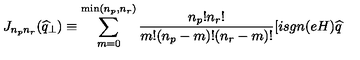
J _ { n _ { p } n _ { r } } ( \widehat { q } _ { \perp } ) \equiv \sum _ { m = 0 } ^ { \min ( n _ { p } , n _ { r } ) } \frac { n _ { p } ! n _ { r } ! } { m ! ( n _ { p } - m ) ! ( n _ { r } - m ) ! } [ i s g n ( e H ) \widehat { q }